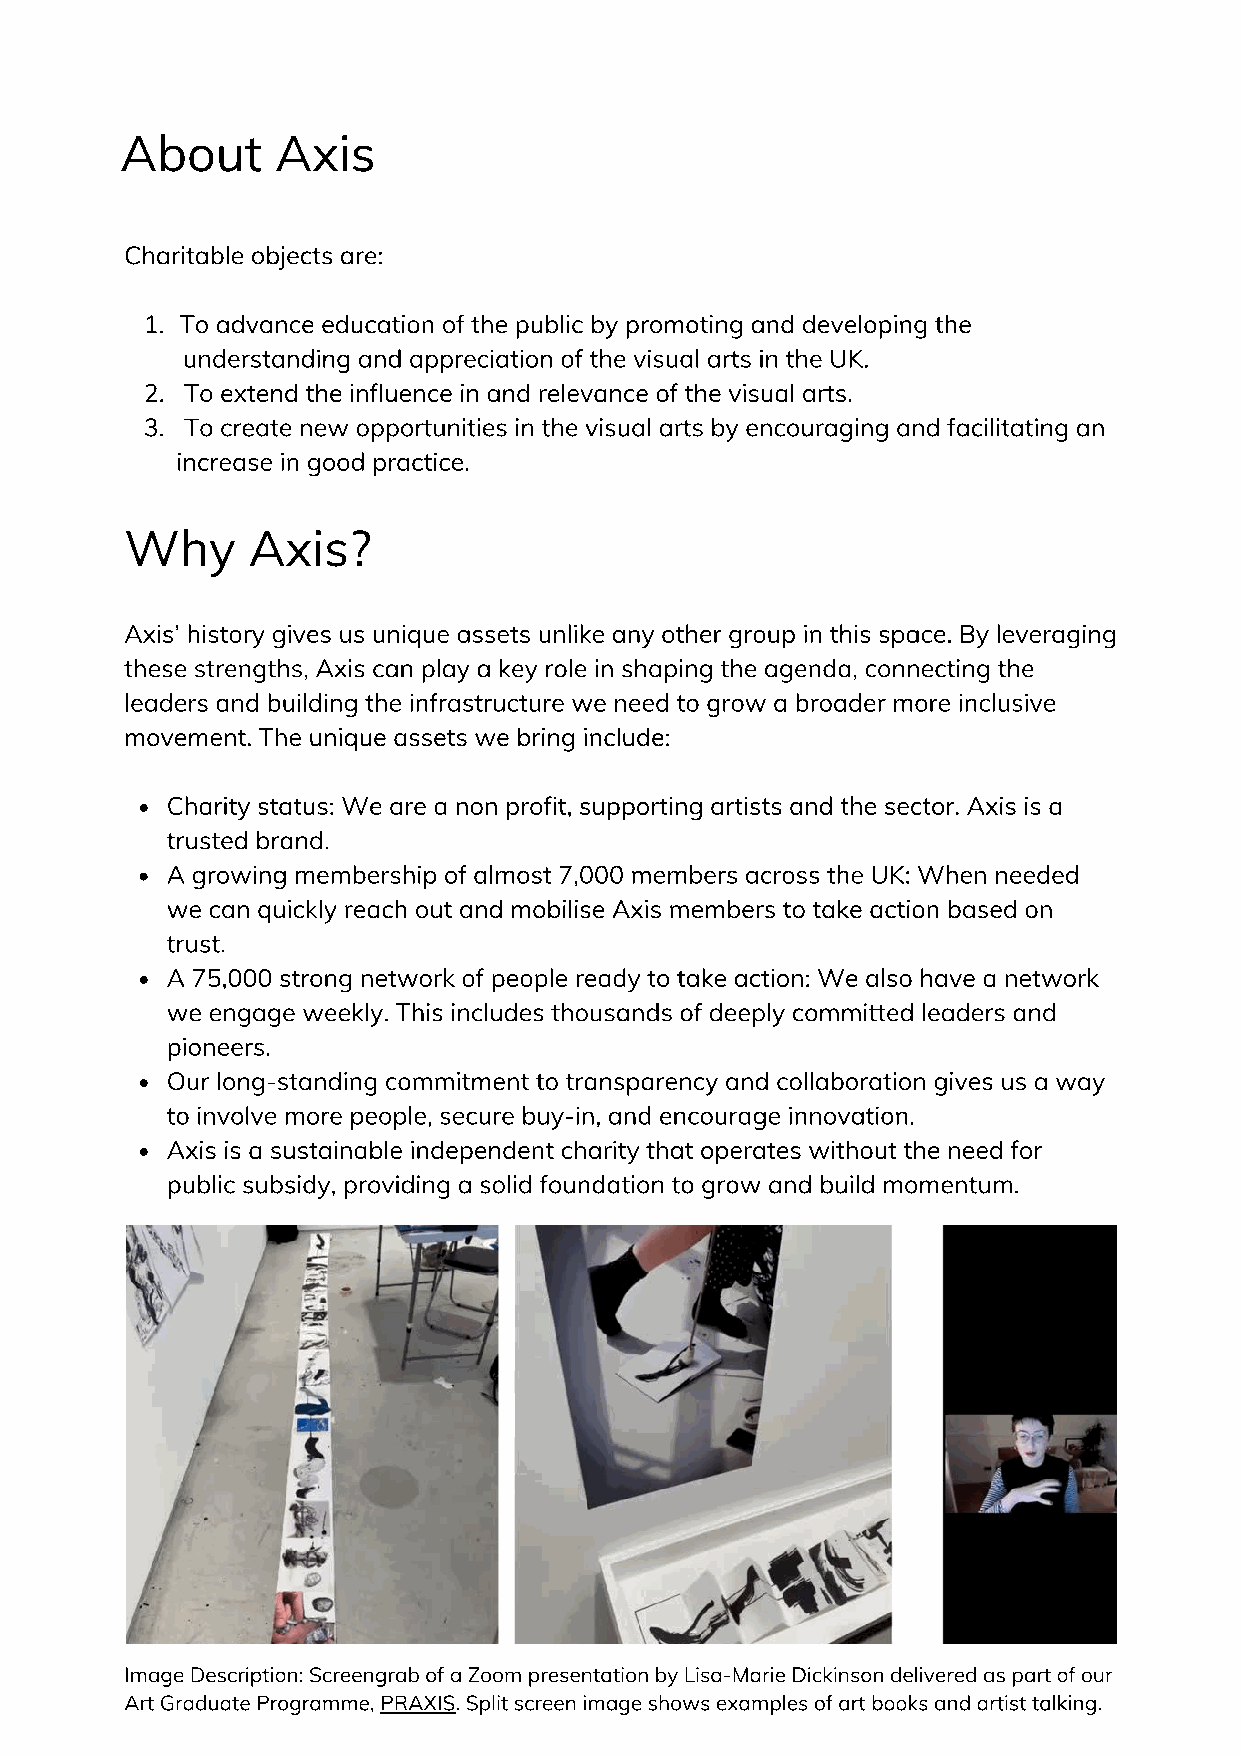
About     Axis
 Charitable objects are:
 1. To advance education of the public by promoting and developing the
 understanding and appreciation of the visual arts in the UK.
 2. To extend the influence in and relevance of the visual arts.
 3. To create new opportunities in the visual arts by encouraging and facilitating an
 increase in good practice.
 Why     Axis?
 Axis’ history gives us unique assets unlike any other group in this space. By leveraging
 these strengths, Axis can play a key role in shaping the agenda, connecting the
 leaders and building the infrastructure we need to grow a broader more inclusive
 movement. The unique assets we bring include:
 Charity status: We are a non profit, supporting artists and the sector. Axis is a
 trusted brand.
 A growing membership of almost 7,000 members across the UK: When needed
 we can quickly reach out and mobilise Axis members to take action based on
 trust.
 A 75,000 strong network of people ready to take action: We also have a network
 we engage weekly. This includes thousands of deeply committed leaders and
 pioneers.
 Our long-standing commitment to transparency and collaboration gives us a way
 to involve more people, secure buy-in, and encourage innovation.
 Axis is a sustainable independent charity that operates without the need for
 public subsidy, providing a solid foundation to grow and build momentum.
 Image Description: Screengrab of a Zoom presentation by Lisa-Marie Dickinson delivered as part of our
 Art Graduate Programme, PRAXIS. Split screen image shows examples of art books and artist talking.